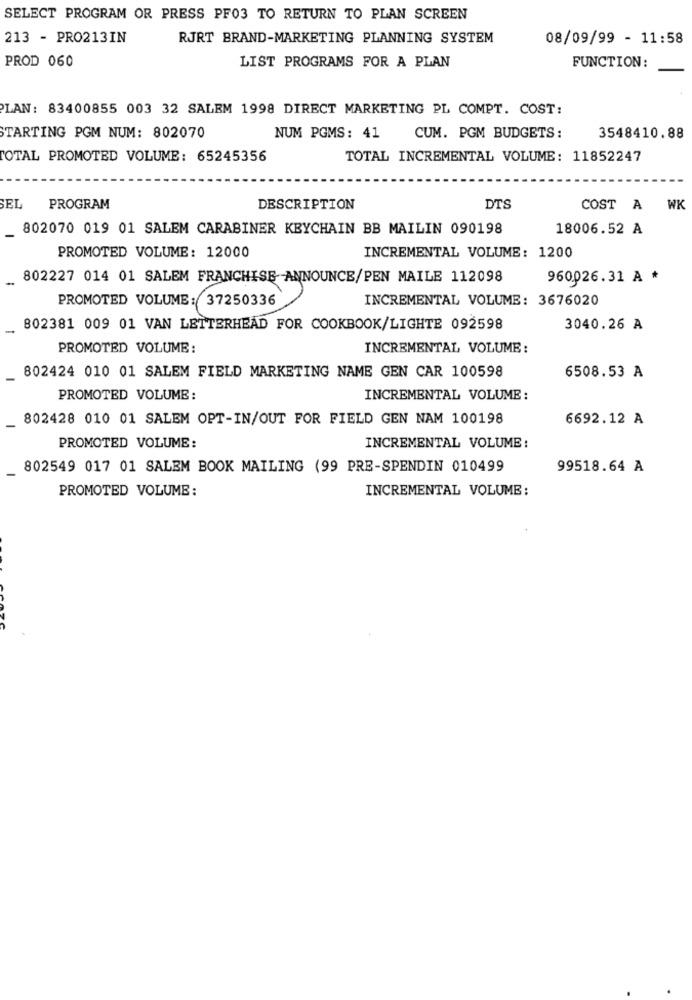
SELECT PROGRAM OR PRESS PF03 TO RETURN TO PLAN SCREEN
213 - PRO213IN
RJRT BRAND-MARKETING PLANNING SYSTEM
08/09/99 - 11:58
PROD 060
LIST PROGRAMS FOR A PLAN
FUNCTION:
PLAN: 83400855 003 32 SALEM 1998 DIRECT MARKETING PL COMPT. COST:
STARTING PGM NUM: 802070
NUM PGMS: 41
CUM. PGM BUDGETS:
3548410.88
TOTAL PROMOTED VOLUME: 65245356
TOTAL INCREMENTAL VOLUME: 11852247
SEL
PROGRAM
DESCRIPTION
DTS
COST A
WK
802070 019 01 SALEM CARABINER KEYCHAIN BB MAILIN 090198
18006.52 A
PROMOTED VOLUME: 12000
INCREMENTAL VOLUME: 1200
802227 014 01 SALEM FRANCHISE ANNOUNCE/PEN MAILE 112098
960026.31 A *
PROMOTED VOLUME: 37250336
INCREMENTAL VOLUME: 3676020
802381 009 01 VAN LETTERHEAD FOR COOKBOOK/LIGHTE 092598
3040.26 A
PROMOTED VOLUME:
INCREMENTAL VOLUME:
802424 010 01 SALEM FIELD MARKETING NAME GEN CAR 100598
6508.53 A
PROMOTED VOLUME:
INCREMENTAL VOLUME :
802428 010 01 SALEM OPT-IN/OUT FOR FIELD GEN NAM 100198
6692.12 A
PROMOTED VOLUME:
INCREMENTAL VOLUME:
802549 017 01 SALEM BOOK MAILING (99 PRE-SPENDIN 010499
99518.64 A
PROMOTED VOLUME:
INCREMENTAL VOLUME: